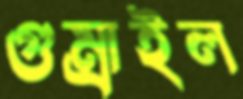
গুম্‌রাইল